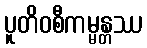
ပူတိဝစီကမ္မန္တဿ